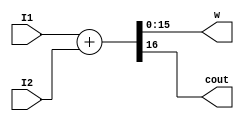
module Adder #(parameter size=16) (input [size-1:0] I1, I2, output [size-1:0] w, output cout);
    assign {cout, w} = I1 + I2;
endmodule